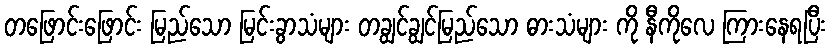
တဖြောင်းဖြောင်း မြည်သော မြင်းခွာသံများ တချွင်ချွင်မြည်သော ဓားသံများ ကို နီကိုလေ ကြားနေရပြီး